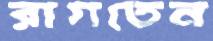
রাগতেন